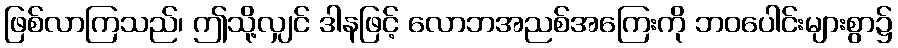
ဖြစ်လာကြသည်၊ ဤသို့လျှင် ဒါနဖြင့် လောဘအညစ်အကြေးကို ဘဝပေါင်းများစွာ၌